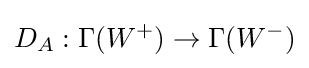
D_{A}:\Gamma (W^{+})\to \Gamma (W^{-})